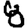
Digit: 8